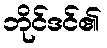
ဘိုင်ဒင်၏